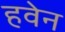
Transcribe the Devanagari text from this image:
हवेन